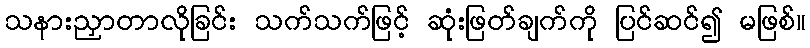
သနားညှာတာလိုခြင်း သက်သက်ဖြင့် ဆုံးဖြတ်ချက်ကို ပြင်ဆင်၍ မဖြစ်။